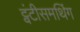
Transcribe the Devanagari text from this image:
ट्वंटीसमथिंग